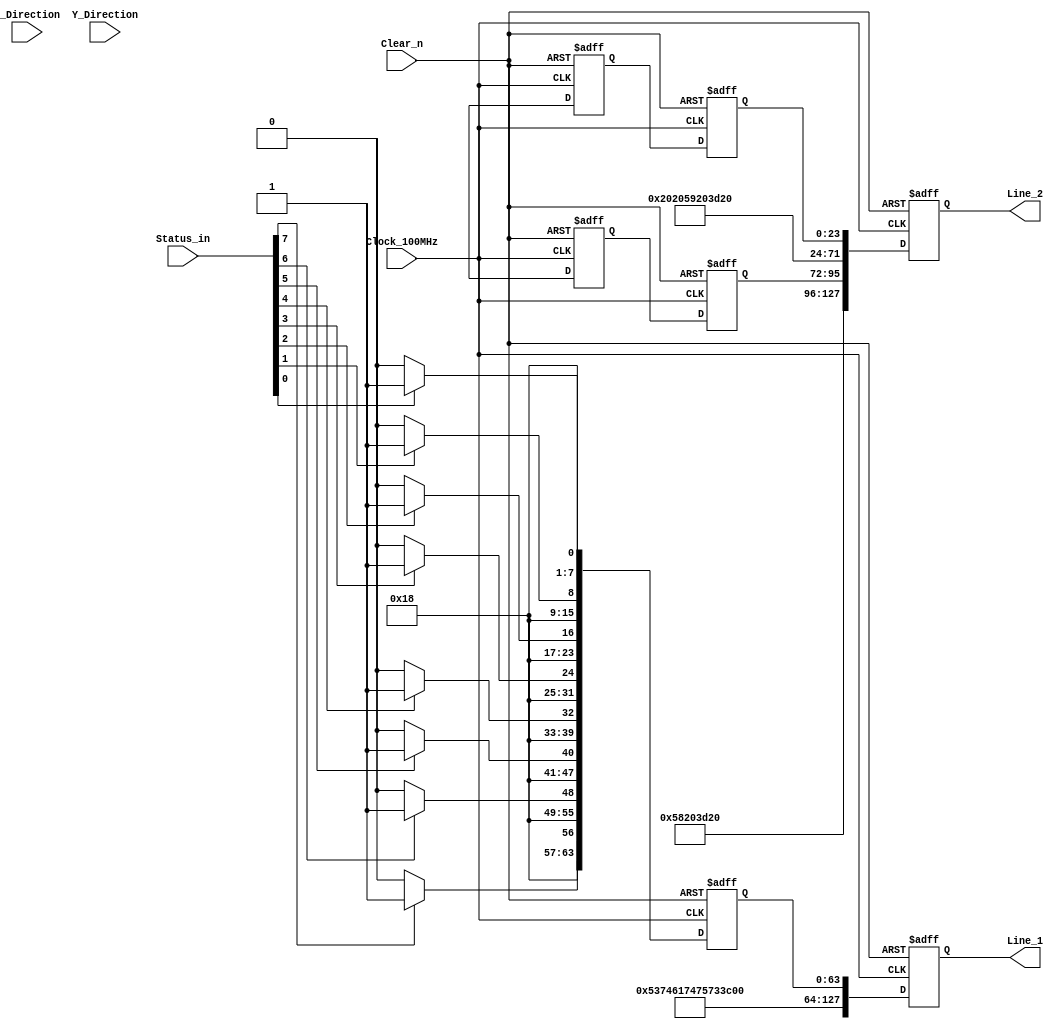
`timescale 1ns / 1ns
//////////////////////////////////////////////////////////////////////////////////
// Company:  RUAS
// 
// Design Name: 
// Module Name:    LCD_controller 
// Project Name: 
// Target Devices: 
// Tool versions: 
// Description: 
//
// Dependencies: 
//
// Revision: 
// Revision 0.01 - File Created
// Additional Comments: 
//
//////////////////////////////////////////////////////////////////////////////////
module Decimal_to_ASCII(
         output reg [127:0] Line_1, Line_2,
         input  [7:0] Status_in, X_Direction, Y_Direction,
         input  Clock_100MHz, Clear_n); 
   

 // Convert Mouse status signal to ASCII for LCD    
    reg [63:0] status;

  always@(negedge Clock_100MHz, negedge Clear_n)
    if(!Clear_n)             
      status <= {(64){1'b0}}; 
    else 
      begin
        if(Status_in[0]) 
          status[7:0] <= 8'h31; // 1
        else          
          status[7:0] <= 8'h30; // 0
        if(Status_in[1]) 
           status[15:8] <= 8'h31; 
        else           
           status[15:8] <= 8'h30; 
        if(Status_in[2]) 
           status[23:16] <= 8'h31; 
        else       
           status[23:16] <= 8'h30;          
        if(Status_in[3]) 
           status[31:24] <= 8'h31; 
        else    
           status[31:24] <= 8'h30;  
        if(Status_in[4])
           status[39:32] <= 8'h31; 
        else  
           status[39:32] <= 8'h30;
        if(Status_in[5]) 
           status[47:40] <= 8'h31; 
        else        
           status[47:40] <= 8'h30; 
        if(Status_in[6]) 
           status[55:48] <= 8'h31; 
        else       
           status[55:48] <= 8'h30;          
        if(Status_in[7]) 
           status[63:56] <= 8'h31; 
        else        
           status[63:56] <= 8'h30;         
      end 
      

 // Convert Decimal X-Dir and Y-Dir signals to ASCII for LCD  
    reg [23:0] x_dir, y_dir;

  always@(negedge Clock_100MHz, negedge Clear_n)
    if(!Clear_n)  
       begin    
         x_dir <= {(24){1'b0}}; 
         y_dir <= {(24){1'b0}}; 
       end  
    else 
      begin
        Decimal_to_ASCII(x_dir, X_Direction);        
        Decimal_to_ASCII(y_dir, Y_Direction);         
      end  
   
 
  task Decimal_to_ASCII(
        output [23:0] ascii,
        input  [7:0]  decimal);           
 
      case(decimal)
        0: ascii <= {8'h30, 8'h20, 8'h20};
        1: ascii <= {8'h31, 8'h20, 8'h20};       
        2: ascii <= {8'h32, 8'h20, 8'h20};
        3: ascii <= {8'h33, 8'h20, 8'h20};
        4: ascii <= {8'h34, 8'h20, 8'h20};       
        5: ascii <= {8'h35, 8'h20, 8'h20}; 
        6: ascii <= {8'h36, 8'h20, 8'h20};
        7: ascii <= {8'h37, 8'h20, 8'h20};       
        8: ascii <= {8'h38, 8'h20, 8'h20};        
        9: ascii <= {8'h39, 8'h20, 8'h20}; 
        
        10: ascii <= {8'h31, 8'h30, 8'h20};
        11: ascii <= {8'h31, 8'h31, 8'h20};       
        12: ascii <= {8'h31, 8'h32, 8'h20};
        13: ascii <= {8'h31, 8'h33, 8'h20};
        14: ascii <= {8'h31, 8'h34, 8'h20};       
        15: ascii <= {8'h31, 8'h35, 8'h20}; 
        16: ascii <= {8'h31, 8'h36, 8'h20};
        17: ascii <= {8'h31, 8'h37, 8'h20};       
        18: ascii <= {8'h31, 8'h38, 8'h20};        
        19: ascii <= {8'h31, 8'h39, 8'h20}; 
        
        20: ascii <= {8'h32, 8'h30, 8'h20};
        21: ascii <= {8'h32, 8'h31, 8'h20};       
        22: ascii <= {8'h32, 8'h32, 8'h20};
        23: ascii <= {8'h32, 8'h33, 8'h20};
        24: ascii <= {8'h32, 8'h34, 8'h20};       
        25: ascii <= {8'h32, 8'h35, 8'h20}; 
        26: ascii <= {8'h32, 8'h36, 8'h20};
        27: ascii <= {8'h32, 8'h37, 8'h20};       
        28: ascii <= {8'h32, 8'h38, 8'h20};        
        29: ascii <= {8'h32, 8'h39, 8'h20};
        
        30: ascii <= {8'h33, 8'h30, 8'h20};
        31: ascii <= {8'h33, 8'h31, 8'h20};       
        32: ascii <= {8'h33, 8'h32, 8'h20};
        33: ascii <= {8'h33, 8'h33, 8'h20};
        34: ascii <= {8'h33, 8'h34, 8'h20};       
        35: ascii <= {8'h33, 8'h35, 8'h20}; 
        36: ascii <= {8'h33, 8'h36, 8'h20};
        37: ascii <= {8'h33, 8'h37, 8'h20};       
        38: ascii <= {8'h33, 8'h38, 8'h20};        
        39: ascii <= {8'h33, 8'h39, 8'h20}; 
        
        40: ascii <= {8'h34, 8'h30, 8'h20};
        41: ascii <= {8'h34, 8'h31, 8'h20};       
        42: ascii <= {8'h34, 8'h32, 8'h20};
        43: ascii <= {8'h34, 8'h33, 8'h20};
        44: ascii <= {8'h34, 8'h34, 8'h20};       
        45: ascii <= {8'h34, 8'h35, 8'h20}; 
        46: ascii <= {8'h34, 8'h36, 8'h20};
        47: ascii <= {8'h34, 8'h37, 8'h20};       
        48: ascii <= {8'h34, 8'h38, 8'h20};        
        49: ascii <= {8'h34, 8'h39, 8'h20};        
        
        50: ascii <= {8'h35, 8'h30, 8'h20};
        51: ascii <= {8'h35, 8'h31, 8'h20};       
        52: ascii <= {8'h35, 8'h32, 8'h20};
        53: ascii <= {8'h35, 8'h33, 8'h20};
        54: ascii <= {8'h35, 8'h34, 8'h20};       
        55: ascii <= {8'h35, 8'h35, 8'h20}; 
        56: ascii <= {8'h35, 8'h36, 8'h20};
        57: ascii <= {8'h35, 8'h37, 8'h20};       
        58: ascii <= {8'h35, 8'h38, 8'h20};        
        59: ascii <= {8'h35, 8'h39, 8'h20};  

        60: ascii <= {8'h36, 8'h30, 8'h20};
        61: ascii <= {8'h36, 8'h31, 8'h20};       
        62: ascii <= {8'h36, 8'h32, 8'h20};
        63: ascii <= {8'h36, 8'h33, 8'h20};
        64: ascii <= {8'h36, 8'h34, 8'h20};       
        65: ascii <= {8'h36, 8'h35, 8'h20}; 
        66: ascii <= {8'h36, 8'h36, 8'h20};
        67: ascii <= {8'h36, 8'h37, 8'h20};       
        68: ascii <= {8'h36, 8'h38, 8'h20};        
        69: ascii <= {8'h36, 8'h39, 8'h20};        

        70: ascii <= {8'h37, 8'h30, 8'h20};
        71: ascii <= {8'h37, 8'h31, 8'h20};       
        72: ascii <= {8'h37, 8'h32, 8'h20};
        73: ascii <= {8'h37, 8'h33, 8'h20};
        74: ascii <= {8'h37, 8'h34, 8'h20};       
        75: ascii <= {8'h37, 8'h35, 8'h20}; 
        76: ascii <= {8'h37, 8'h36, 8'h20};
        77: ascii <= {8'h37, 8'h37, 8'h20};       
        78: ascii <= {8'h37, 8'h38, 8'h20};        
        79: ascii <= {8'h37, 8'h39, 8'h20};        
        
        80: ascii <= {8'h38, 8'h30, 8'h20};
        81: ascii <= {8'h38, 8'h31, 8'h20};       
        82: ascii <= {8'h38, 8'h32, 8'h20};
        83: ascii <= {8'h38, 8'h33, 8'h20};
        84: ascii <= {8'h38, 8'h34, 8'h20};       
        85: ascii <= {8'h38, 8'h35, 8'h20}; 
        86: ascii <= {8'h38, 8'h36, 8'h20};
        87: ascii <= {8'h38, 8'h37, 8'h20};       
        88: ascii <= {8'h38, 8'h38, 8'h20};        
        89: ascii <= {8'h38, 8'h39, 8'h20};        
        
        90: ascii <= {9'h39, 9'h30, 9'h20};
        91: ascii <= {9'h39, 9'h31, 9'h20};       
        92: ascii <= {9'h39, 9'h32, 9'h20};
        93: ascii <= {9'h39, 9'h33, 9'h20};
        94: ascii <= {9'h39, 9'h34, 9'h20};       
        95: ascii <= {9'h39, 9'h35, 9'h20}; 
        96: ascii <= {9'h39, 9'h36, 9'h20};
        97: ascii <= {9'h39, 9'h37, 9'h20};       
        98: ascii <= {9'h39, 9'h38, 9'h20};        
        99: ascii <= {9'h39, 9'h39, 9'h20};        
        
        100: ascii <= {8'h31, 8'h30, 8'h30};
        101: ascii <= {8'h31, 8'h30, 8'h31};       
        102: ascii <= {8'h31, 8'h30, 8'h32};
        103: ascii <= {8'h31, 8'h30, 8'h33};
        104: ascii <= {8'h31, 8'h30, 8'h34};       
        105: ascii <= {8'h31, 8'h30, 8'h35}; 
        106: ascii <= {8'h31, 8'h30, 8'h36};
        107: ascii <= {8'h31, 8'h30, 8'h37};       
        108: ascii <= {8'h31, 8'h30, 8'h38};        
        109: ascii <= {8'h31, 8'h30, 8'h39};        
        
        110: ascii <= {8'h31, 8'h31, 8'h30};
        111: ascii <= {8'h31, 8'h31, 8'h31};       
        112: ascii <= {8'h31, 8'h31, 8'h32};
        113: ascii <= {8'h31, 8'h31, 8'h33};
        114: ascii <= {8'h31, 8'h31, 8'h34};       
        115: ascii <= {8'h31, 8'h31, 8'h35}; 
        116: ascii <= {8'h31, 8'h31, 8'h36};
        117: ascii <= {8'h31, 8'h31, 8'h37};       
        118: ascii <= {8'h31, 8'h31, 8'h38};        
        119: ascii <= {8'h31, 8'h31, 8'h39};   

        120: ascii <= {8'h31, 8'h32, 8'h30};
        121: ascii <= {8'h31, 8'h32, 8'h31};       
        122: ascii <= {8'h31, 8'h32, 8'h32};
        123: ascii <= {8'h31, 8'h32, 8'h33};
        124: ascii <= {8'h31, 8'h32, 8'h34};       
        125: ascii <= {8'h31, 8'h32, 8'h35}; 
        126: ascii <= {8'h31, 8'h32, 8'h36};
        127: ascii <= {8'h31, 8'h32, 8'h37};       
        128: ascii <= {8'h31, 8'h32, 8'h38};        
        129: ascii <= {8'h31, 8'h32, 8'h39};  

        130: ascii <= {8'h31, 8'h33, 8'h30};
        131: ascii <= {8'h31, 8'h33, 8'h31};       
        132: ascii <= {8'h31, 8'h33, 8'h32};
        133: ascii <= {8'h31, 8'h33, 8'h33};
        134: ascii <= {8'h31, 8'h33, 8'h34};       
        135: ascii <= {8'h31, 8'h33, 8'h35}; 
        136: ascii <= {8'h31, 8'h33, 8'h36};
        137: ascii <= {8'h31, 8'h33, 8'h37};       
        138: ascii <= {8'h31, 8'h33, 8'h38};        
        139: ascii <= {8'h31, 8'h33, 8'h39};   

        140: ascii <= {8'h31, 8'h34, 8'h30};
        141: ascii <= {8'h31, 8'h34, 8'h31};       
        142: ascii <= {8'h31, 8'h34, 8'h32};
        143: ascii <= {8'h31, 8'h34, 8'h33};
        144: ascii <= {8'h31, 8'h34, 8'h34};       
        145: ascii <= {8'h31, 8'h34, 8'h35}; 
        146: ascii <= {8'h31, 8'h34, 8'h36};
        147: ascii <= {8'h31, 8'h34, 8'h37};       
        148: ascii <= {8'h31, 8'h34, 8'h38};        
        149: ascii <= {8'h31, 8'h34, 8'h39};   

        150: ascii <= {8'h31, 8'h35, 8'h30};
        151: ascii <= {8'h31, 8'h35, 8'h31};       
        152: ascii <= {8'h31, 8'h35, 8'h32};
        153: ascii <= {8'h31, 8'h35, 8'h33};
        154: ascii <= {8'h31, 8'h35, 8'h34};       
        155: ascii <= {8'h31, 8'h35, 8'h35}; 
        156: ascii <= {8'h31, 8'h35, 8'h36};
        157: ascii <= {8'h31, 8'h35, 8'h37};       
        158: ascii <= {8'h31, 8'h35, 8'h38};        
        159: ascii <= {8'h31, 8'h35, 8'h39};   

        160: ascii <= {8'h31, 8'h36, 8'h30};
        161: ascii <= {8'h31, 8'h36, 8'h31};       
        162: ascii <= {8'h31, 8'h36, 8'h32};
        163: ascii <= {8'h31, 8'h36, 8'h33};
        164: ascii <= {8'h31, 8'h36, 8'h34};       
        165: ascii <= {8'h31, 8'h36, 8'h35}; 
        166: ascii <= {8'h31, 8'h36, 8'h36};
        167: ascii <= {8'h31, 8'h36, 8'h37};       
        168: ascii <= {8'h31, 8'h36, 8'h38};        
        169: ascii <= {8'h31, 8'h36, 8'h39}; 

        170: ascii <= {8'h31, 8'h37, 8'h30};
        171: ascii <= {8'h31, 8'h37, 8'h31};       
        172: ascii <= {8'h31, 8'h37, 8'h32};
        173: ascii <= {8'h31, 8'h37, 8'h33};
        174: ascii <= {8'h31, 8'h37, 8'h34};       
        175: ascii <= {8'h31, 8'h37, 8'h35}; 
        176: ascii <= {8'h31, 8'h37, 8'h36};
        177: ascii <= {8'h31, 8'h37, 8'h37};       
        178: ascii <= {8'h31, 8'h37, 8'h38};        
        179: ascii <= {8'h31, 8'h37, 8'h39};   

        180: ascii <= {8'h31, 8'h38, 8'h30};
        181: ascii <= {8'h31, 8'h38, 8'h31};       
        182: ascii <= {8'h31, 8'h38, 8'h32};
        183: ascii <= {8'h31, 8'h38, 8'h33};
        184: ascii <= {8'h31, 8'h38, 8'h34};       
        185: ascii <= {8'h31, 8'h38, 8'h35}; 
        186: ascii <= {8'h31, 8'h38, 8'h36};
        187: ascii <= {8'h31, 8'h38, 8'h37};       
        188: ascii <= {8'h31, 8'h38, 8'h38};        
        189: ascii <= {8'h31, 8'h38, 8'h39}; 

        190: ascii <= {8'h31, 8'h39, 8'h30};
        191: ascii <= {8'h31, 8'h39, 8'h31};       
        192: ascii <= {8'h31, 8'h39, 8'h32};
        193: ascii <= {8'h31, 8'h39, 8'h33};
        194: ascii <= {8'h31, 8'h39, 8'h34};       
        195: ascii <= {8'h31, 8'h39, 8'h35}; 
        196: ascii <= {8'h31, 8'h39, 8'h36};
        197: ascii <= {8'h31, 8'h39, 8'h37};       
        198: ascii <= {8'h31, 8'h39, 8'h38};        
        199: ascii <= {8'h31, 8'h39, 8'h39};   

        200: ascii <= {8'h32, 8'h30, 8'h30};
        201: ascii <= {8'h32, 8'h30, 8'h31};       
        202: ascii <= {8'h32, 8'h30, 8'h32};
        203: ascii <= {8'h32, 8'h30, 8'h33};
        204: ascii <= {8'h32, 8'h30, 8'h34};       
        205: ascii <= {8'h32, 8'h30, 8'h35}; 
        206: ascii <= {8'h32, 8'h30, 8'h36};
        207: ascii <= {8'h32, 8'h30, 8'h37};       
        208: ascii <= {8'h32, 8'h30, 8'h38};        
        209: ascii <= {8'h32, 8'h30, 8'h39};  
        
        210: ascii <= {8'h32, 8'h31, 8'h30};
        211: ascii <= {8'h32, 8'h31, 8'h31};       
        212: ascii <= {8'h32, 8'h31, 8'h32};
        213: ascii <= {8'h32, 8'h31, 8'h33};
        214: ascii <= {8'h32, 8'h31, 8'h34};       
        215: ascii <= {8'h32, 8'h31, 8'h35}; 
        216: ascii <= {8'h32, 8'h31, 8'h36};
        217: ascii <= {8'h32, 8'h31, 8'h37};       
        218: ascii <= {8'h32, 8'h31, 8'h38};        
        219: ascii <= {8'h32, 8'h31, 8'h39};  
        
        220: ascii <= {8'h32, 8'h32, 8'h30};
        221: ascii <= {8'h32, 8'h32, 8'h31};       
        222: ascii <= {8'h32, 8'h32, 8'h32};
        223: ascii <= {8'h32, 8'h32, 8'h33};
        224: ascii <= {8'h32, 8'h32, 8'h34};       
        225: ascii <= {8'h32, 8'h32, 8'h35}; 
        226: ascii <= {8'h32, 8'h32, 8'h36};
        227: ascii <= {8'h32, 8'h32, 8'h37};       
        228: ascii <= {8'h32, 8'h32, 8'h38};        
        229: ascii <= {8'h32, 8'h32, 8'h39};  
        
        230: ascii <= {8'h32, 8'h33, 8'h30};
        231: ascii <= {8'h32, 8'h33, 8'h31};       
        232: ascii <= {8'h32, 8'h33, 8'h32};
        233: ascii <= {8'h32, 8'h33, 8'h33};
        234: ascii <= {8'h32, 8'h33, 8'h34};       
        235: ascii <= {8'h32, 8'h33, 8'h35}; 
        236: ascii <= {8'h32, 8'h33, 8'h36};
        237: ascii <= {8'h32, 8'h33, 8'h37};       
        238: ascii <= {8'h32, 8'h33, 8'h38};        
        239: ascii <= {8'h32, 8'h33, 8'h39};  

        240: ascii <= {8'h32, 8'h34, 8'h30};
        241: ascii <= {8'h32, 8'h34, 8'h31};       
        242: ascii <= {8'h32, 8'h34, 8'h32};
        243: ascii <= {8'h32, 8'h34, 8'h33};
        244: ascii <= {8'h32, 8'h34, 8'h34};       
        245: ascii <= {8'h32, 8'h34, 8'h35}; 
        246: ascii <= {8'h32, 8'h34, 8'h36};
        247: ascii <= {8'h32, 8'h34, 8'h37};       
        248: ascii <= {8'h32, 8'h34, 8'h38};        
        249: ascii <= {8'h32, 8'h34, 8'h39}; 

        250: ascii <= {8'h32, 8'h35, 8'h30};
        251: ascii <= {8'h32, 8'h35, 8'h31};       
        252: ascii <= {8'h32, 8'h35, 8'h32};
        253: ascii <= {8'h32, 8'h35, 8'h33};
        254: ascii <= {8'h32, 8'h35, 8'h34};       
        255: ascii <= {8'h32, 8'h35, 8'h35};
      endcase
  endtask
  
  
 // Genarate Line 1 and Line 2 signals for LCD
  always@(posedge Clock_100MHz, negedge Clear_n)
    if(!Clear_n)  
       begin    
         Line_1 <= {(128){1'b0}}; 
         Line_2 <= {(128){1'b0}};
       end         
    else 
      begin
                  // Status =             
        Line_1 <= {64'h53_74_61_74_75_73_3D_20, status};  
        Line_2 <= {{32'h58_20_3D_20, x_dir, 16'h20_20}, 
                   {32'h59_20_3D_20, y_dir}};
      end
  
endmodule